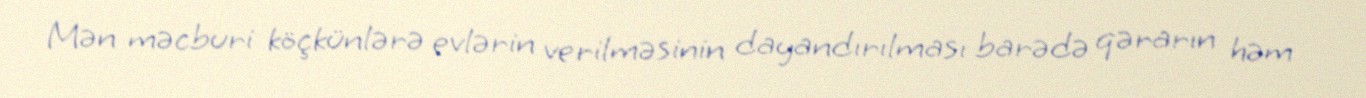
Mən məcburi köçkünlərə evlərin verilməsinin dayandırılması barədə qərarın həm